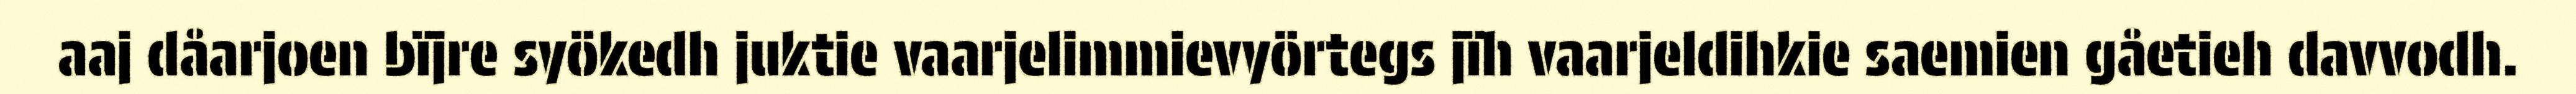
aaj dåarjoen bïjre syökedh juktie vaarjelimmievyörtegs jïh vaarjeldihkie saemien gåetieh davvodh.